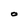
Character: O